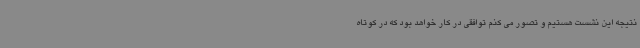
نتیجه این نشست هستیم و تصور می کنم توافقی در کار خواهد بود که در کوتاه